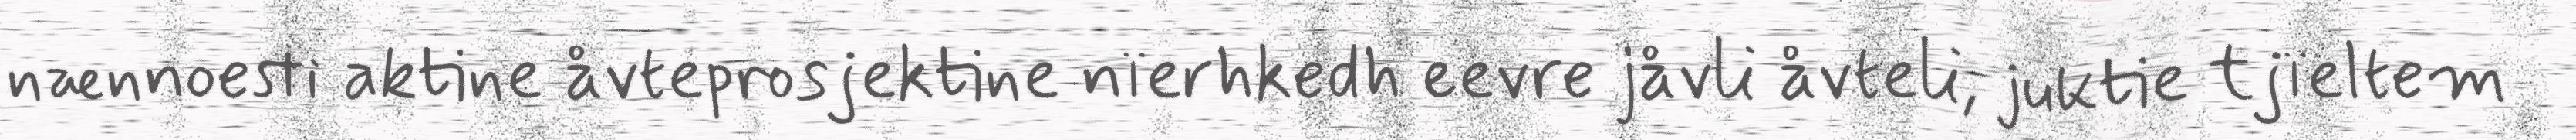
nænnoesti aktine åvteprosjektine nïerhkedh eevre jåvli åvteli, juktie tjïeltem